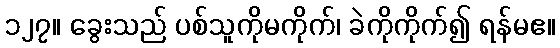
၁၂၇။ ခွေးသည် ပစ်သူကိုမကိုက်၊ ခဲကိုကိုက်၍ ရန်မဧ။